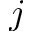
j